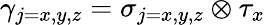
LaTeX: \gamma_{j=x,y,z}=\sigma_{j=x,y,z}\otimes\tau_{x}